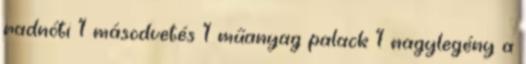
radnóti 1 másodvetés 1 műanyag palack 1 nagylegény a